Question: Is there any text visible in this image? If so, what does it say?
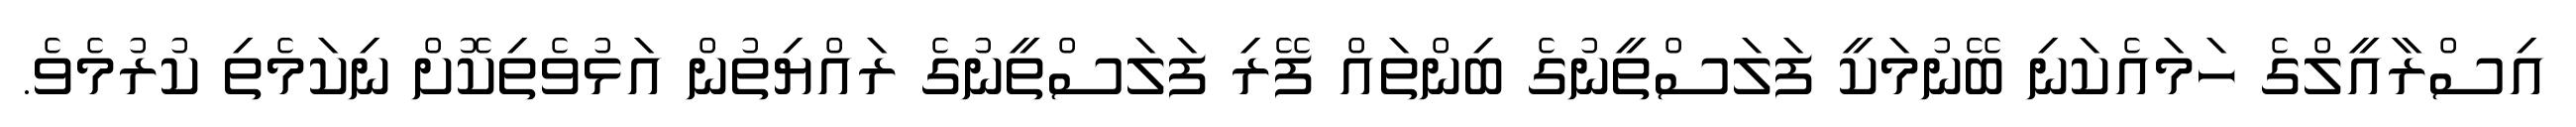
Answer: އިސްރާއީލްގެ ހަމައެކަނި ބޭނުމަކީ ފަލަސްތީނުގެ ބިންތައް ފޭރި ފަލަސްތީނުގެ ރައްޔިތުން އަޅުވެތިކޮށް ނިކަމެތި ކުރުމެވެ.